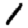
Digit: 1